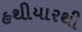
હથીયારથી